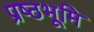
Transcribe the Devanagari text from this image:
प्रष्‍ठभूमि